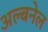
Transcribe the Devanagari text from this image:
अल्बनेल